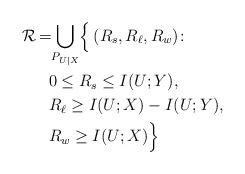
LaTeX: \begin{align*}\mathcal{R}_{}\! =\! &\bigcup_{P_{U|X}}\!\Big\{\left(R_s,R_\ell,R_w\right)\!\colon\! \\&0 \leq R_s\leq I(U;Y),\\&R_\ell\geq I(U;X)-I(U;Y),\\&R_w\geq I(U;X)\Big\} \end{align*}